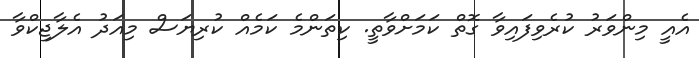
އެއީ މިންވަރު ކުރެވިފައިވާ ގޮތް ކަމަށްވާތީ. ކިތަންމެ ކަމެއް ކުރިޔަސް މިއަދު އެލާޖިކްވާ